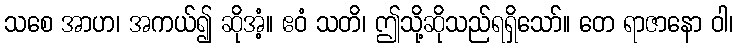
သစေ အာဟ၊ အကယ်၍ ဆိုအံ့။ ဧဝံ သတိ၊ ဤသို့ဆိုသည်ရရှိသော်။ တေ ရာဇာနော ဝါ၊